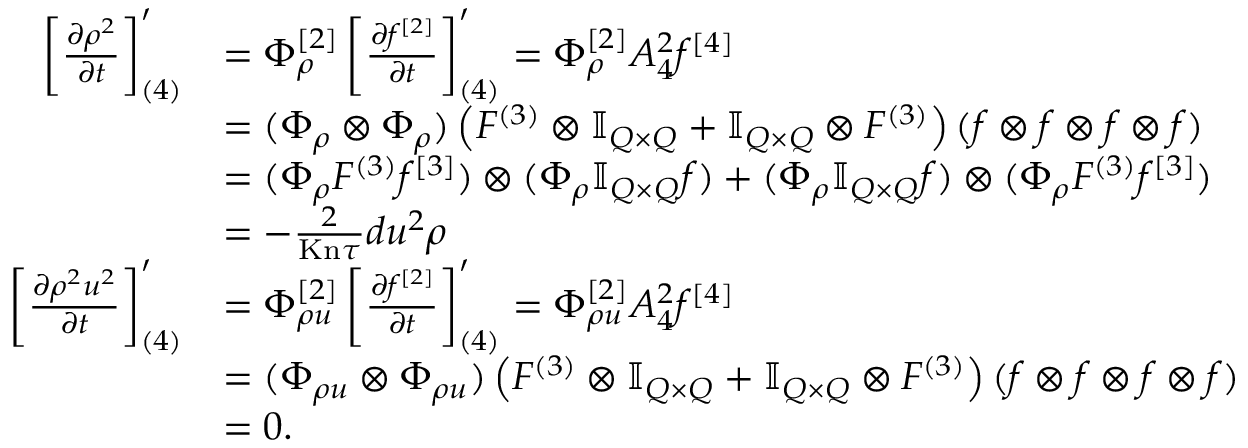
\begin{array} { r l } { \left[ \ensuremath { \frac { \partial \rho ^ { 2 } } { \partial t } } \right] _ { ( 4 ) } ^ { \prime } } & { = \Phi _ { \rho } ^ { [ 2 ] } \left[ \ensuremath { \frac { \partial f ^ { [ 2 ] } } { \partial t } } \right] _ { ( 4 ) } ^ { \prime } = \Phi _ { \rho } ^ { [ 2 ] } A _ { 4 } ^ { 2 } f ^ { [ 4 ] } } \\ & { = ( \Phi _ { \rho } \otimes \Phi _ { \rho } ) \left( F ^ { ( 3 ) } \otimes \ensuremath { \mathbb { I } _ { Q \times Q } } + \ensuremath { \mathbb { I } _ { Q \times Q } } \otimes F ^ { ( 3 ) } \right) ( f \otimes f \otimes f \otimes f ) } \\ & { = ( \Phi _ { \rho } F ^ { ( 3 ) } f ^ { [ 3 ] } ) \otimes ( \Phi _ { \rho } \ensuremath { \mathbb { I } _ { Q \times Q } } f ) + ( \Phi _ { \rho } \ensuremath { \mathbb { I } _ { Q \times Q } } f ) \otimes ( \Phi _ { \rho } F ^ { ( 3 ) } f ^ { [ 3 ] } ) } \\ & { = - \frac { 2 } { \ensuremath { \mathrm { K n } } \tau } d u ^ { 2 } \rho } \\ { \left[ \ensuremath { \frac { \partial \rho ^ { 2 } u ^ { 2 } } { \partial t } } \right] _ { ( 4 ) } ^ { \prime } } & { = \Phi _ { \rho u } ^ { [ 2 ] } \left[ \ensuremath { \frac { \partial f ^ { [ 2 ] } } { \partial t } } \right] _ { ( 4 ) } ^ { \prime } = \Phi _ { \rho u } ^ { [ 2 ] } A _ { 4 } ^ { 2 } f ^ { [ 4 ] } } \\ & { = ( \Phi _ { \rho u } \otimes \Phi _ { \rho u } ) \left( F ^ { ( 3 ) } \otimes \ensuremath { \mathbb { I } _ { Q \times Q } } + \ensuremath { \mathbb { I } _ { Q \times Q } } \otimes F ^ { ( 3 ) } \right) ( f \otimes f \otimes f \otimes f ) } \\ & { = 0 . } \end{array}